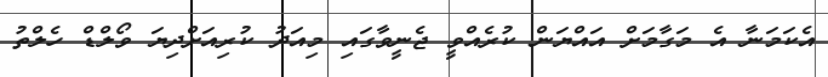
އެކަމަނާ އެ މަގާމަށް އައްޔަން ކުރެއްވީ ޖެނީވާގައި މިއަދު ކުރިއަށްދިޔަ ވޯލްޑް ހެލްތު